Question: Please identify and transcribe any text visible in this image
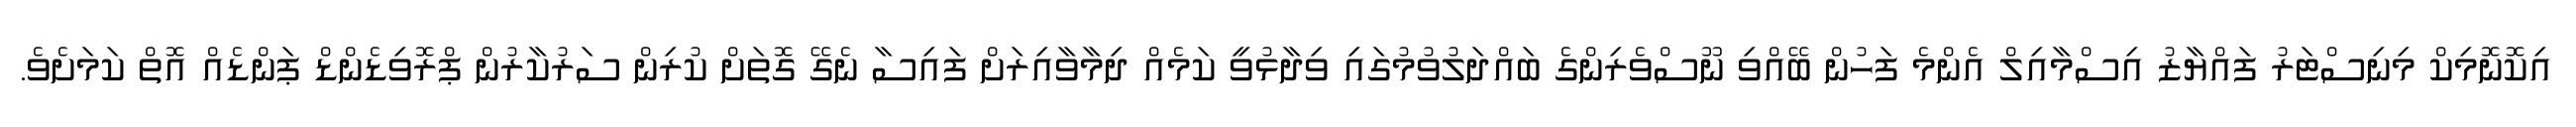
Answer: އިކޮނޮމިކް މިނިސްޓަރު ފައްޔާޒު އިސްމާއިލް އެންމެ ފަހުން ބޭއްވި ނޫސްވެރިންގެ ބައްދަލުވުމުގައި ވިދާޅުވީ ކަމެއް ދިމާވާއިރަށް ފައިސާ ނެގޭ ގޮތަށް ކުރިން ސަރުކާރުން ޕްރޮވިޑެންޑް ޕަންޑެއް އޮތް ކަމަށެވެ.